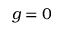
g = 0